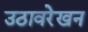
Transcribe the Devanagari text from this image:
उठावरेखन